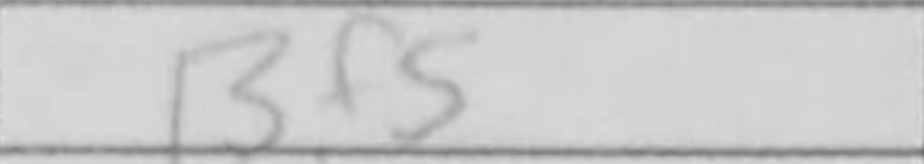
Transcription: Bf5